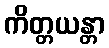
ကိတ္တယန္တာ